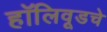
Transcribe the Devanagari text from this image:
हॉलिवूडचे